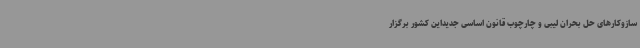
سازوکارهای حل بحران لیبی و چارچوب قانون اساسی جدیداین کشور برگزار